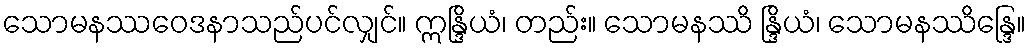
သောမနဿဝေဒနာသည်ပင်လျှင်။ ဣန္ဒြိယံ၊ တည်း။ သောမနဿိ န္ဒြိယံ၊ သောမနဿိန္ဒြေ။